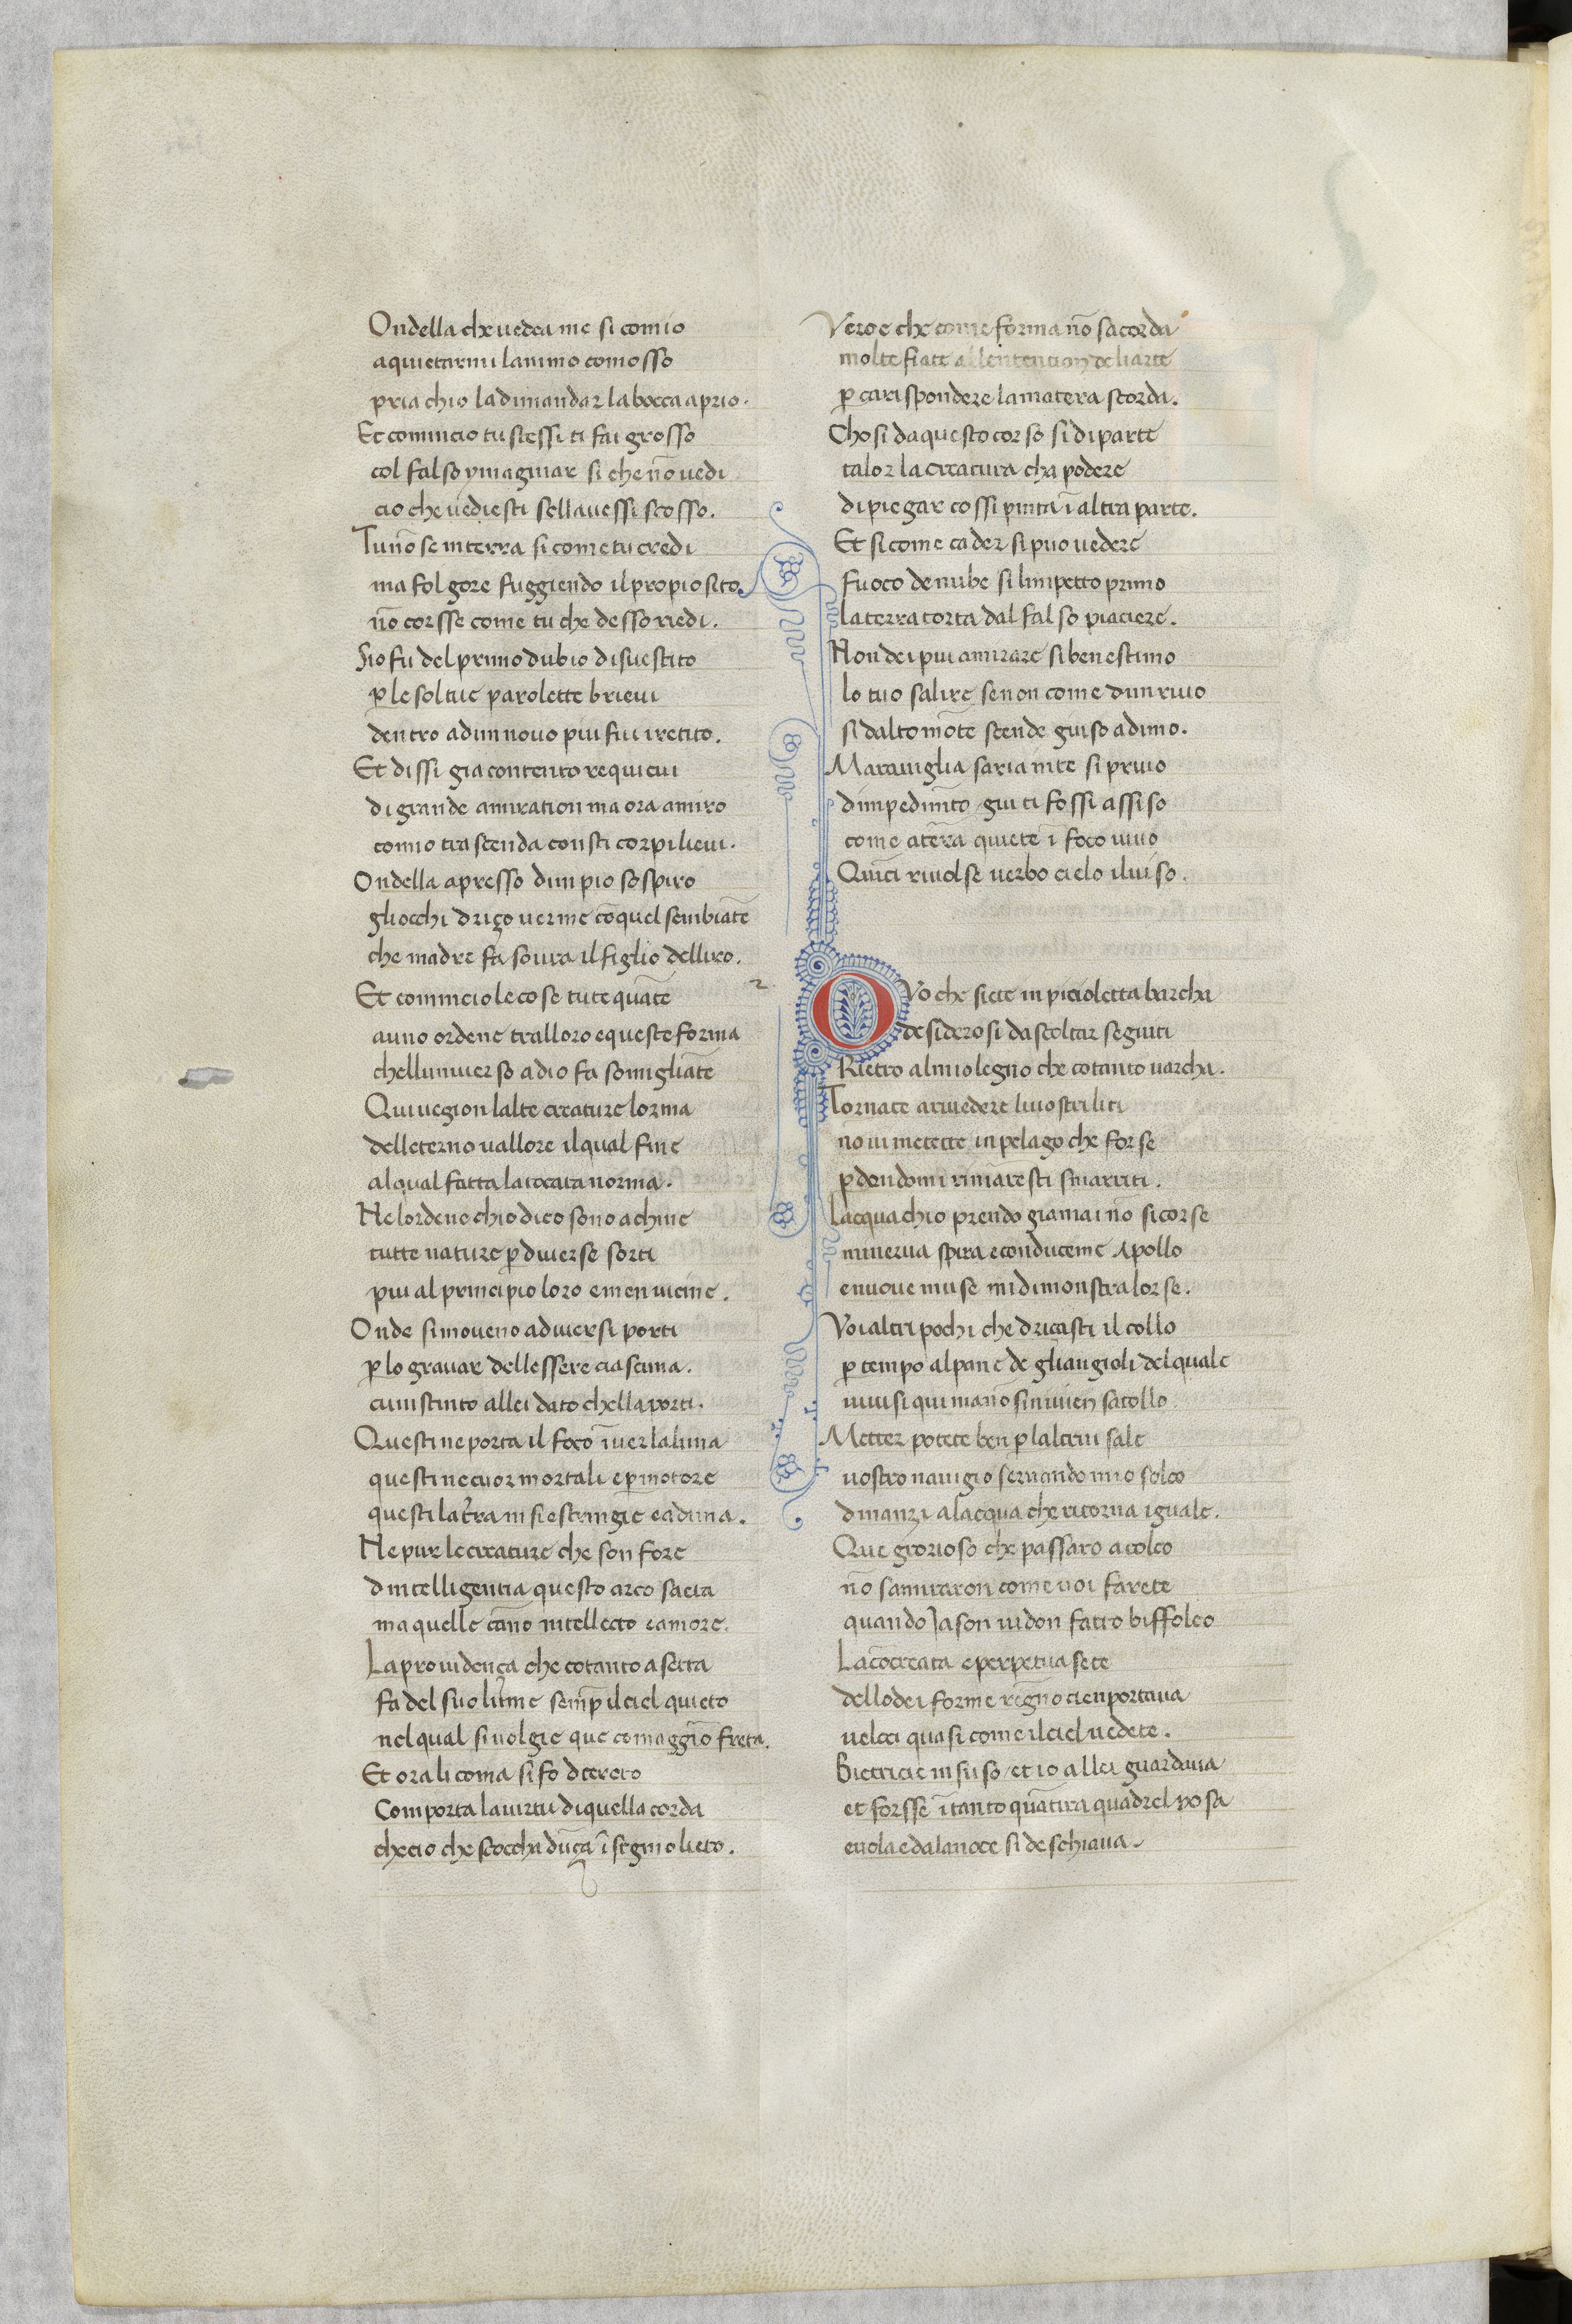
Shelfmark: Paris, BnF, ita. 79
Century: 14